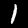
Digit: 1